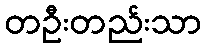
တဦးတည်းသာ